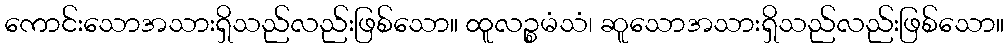
ကောင်းသောအသားရှိသည်လည်းဖြစ်သော။ ထူလဉ္စမံသံ၊ ဆူသောအသားရှိသည်လည်းဖြစ်သော။